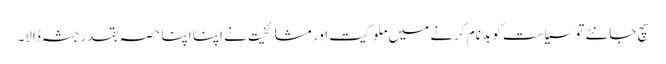
سچ جانئے توسیاست کو بدنام کرنے میں ملوکیت اور مشائخیت نے اپنا اپنا حصہ بقدر جثہ ڈالا۔